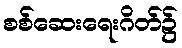
စစ်ဆေးရေးဂိတ်၌